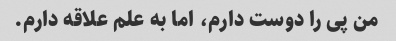
من پی را دوست دارم، اما به علم علاقه دارم.